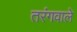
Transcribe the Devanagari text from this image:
तरंगवाले